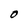
Character: O